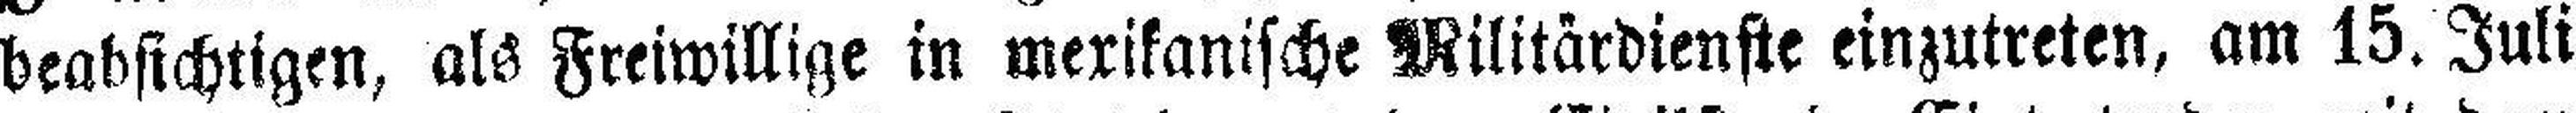
beabsichtigen, als Freiwillige in mexikanische Militärdienste einzutreten, am 15. Juli